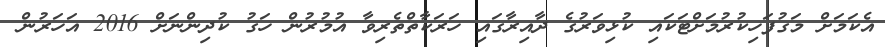
އެކަމަށް މަގުފަހިކުރުމަށްޓަކައި ކުޅިވަރުގެ ދާއިރާގައި ހަރަކާތްތެރިވާ އުމުރުން ހަގު ކުދިންނަށް 2016 އަހަރުން